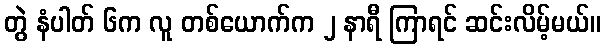
တွဲ နံပါတ် ၆က လူ တစ်ယောက်က ၂ နာရီ ကြာရင် ဆင်းလိမ့်မယ်။